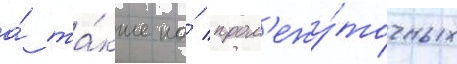
а́ та́кже на́ пром'ежу́точных